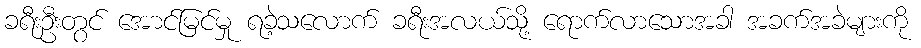
ခရီးဦးတွင် အောင်မြင်မှု ရခဲ့သလောက် ခရီးအလယ်သို့ ရောက်လာသောအခါ အခက်အခဲများကို